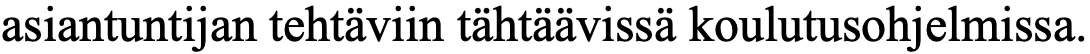
asiantuntijan tehtäviin tähtäävissä koulutusohjelmissa.